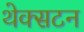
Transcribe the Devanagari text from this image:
थेक्सटन